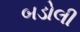
બડોલી